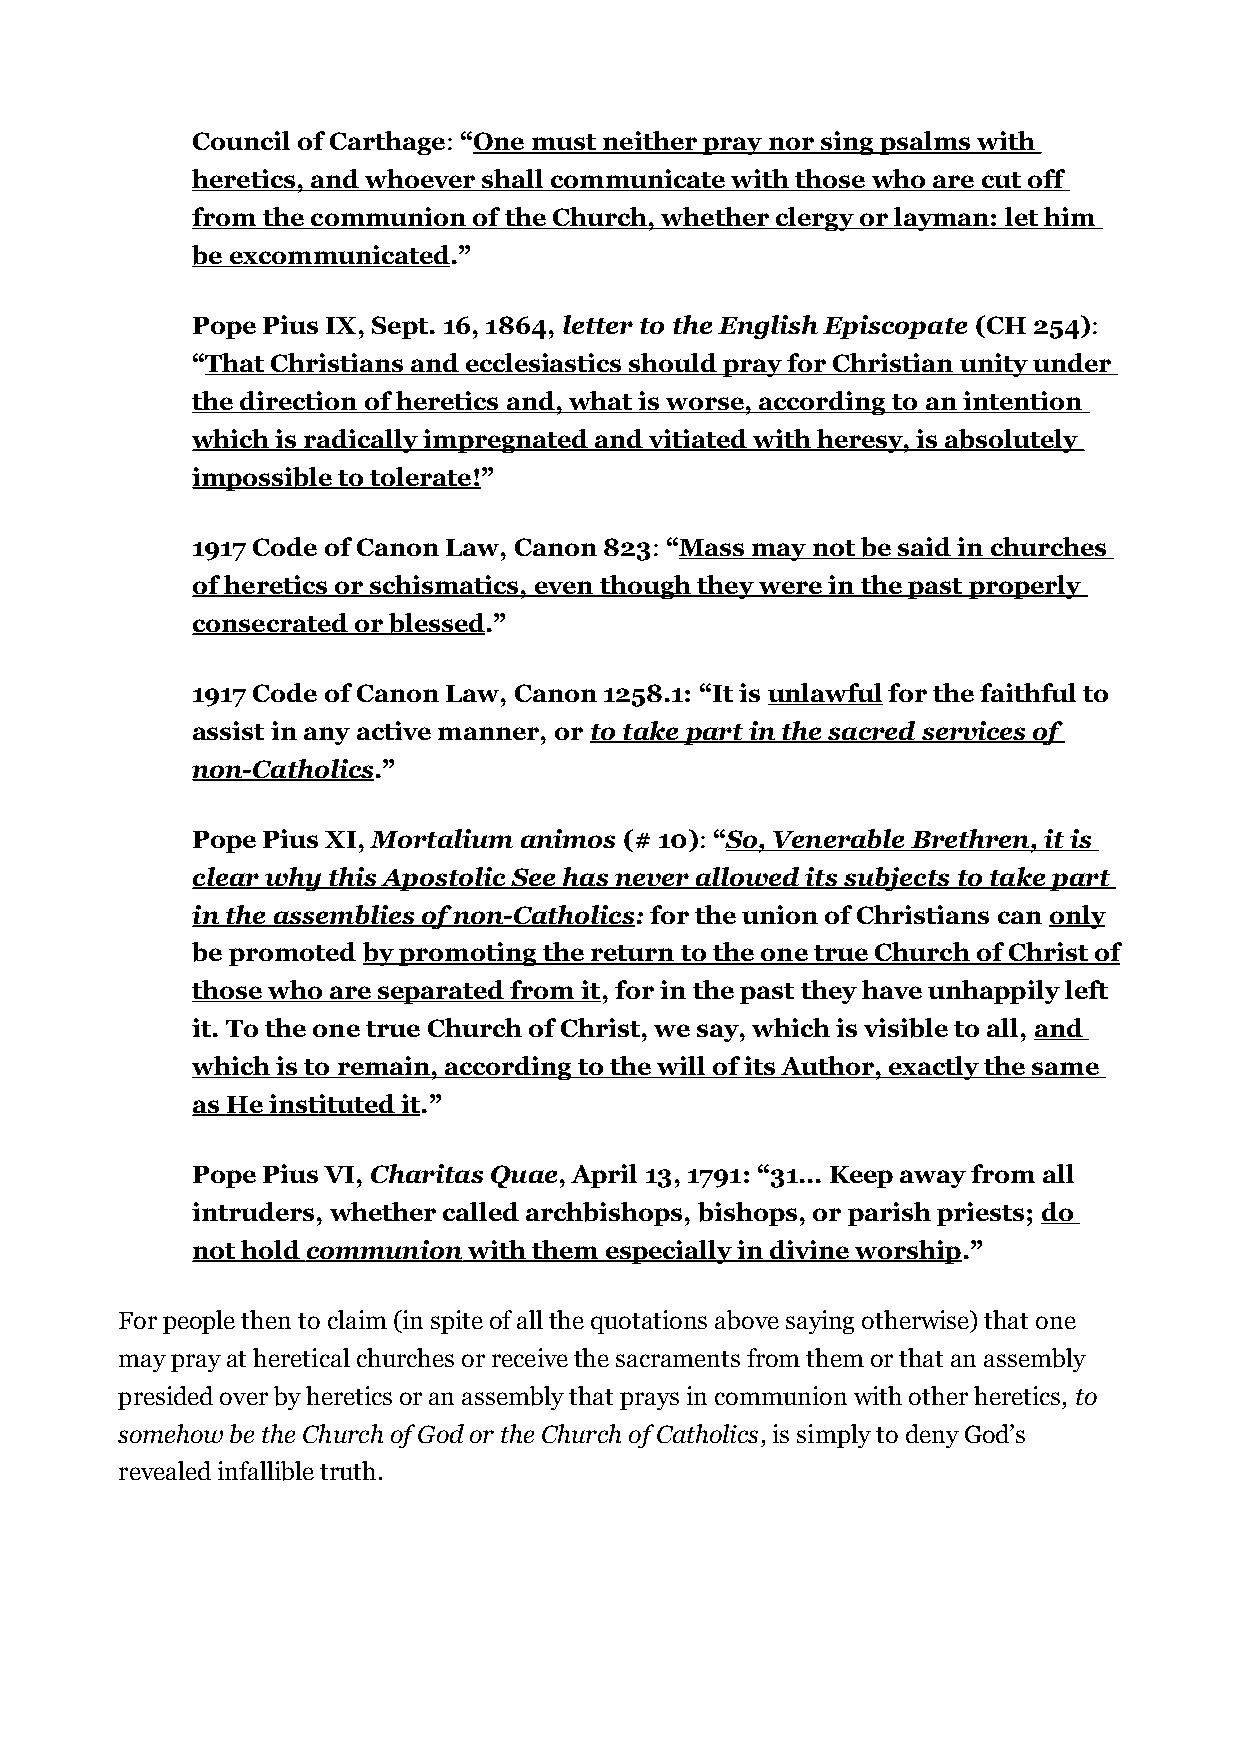
Council of Carthage: “One must neither pray nor sing psalms with
 heretics, and whoever shall communicate with those who are cut off
 from the communion of the Church, whether clergy or layman: let him
 be excommunicated.”
 Pope Pius IX, Sept. 16, 1864, letter to the English Episcopate (CH 254):
 “That Christians and ecclesiastics should pray for Christian unity under
 the direction of heretics and, what is worse, according to an intention
 which is radically impregnated and vitiated with heresy, is absolutely
 impossible to tolerate!”
 1917 Code of Canon Law, Canon 823: “Mass may not be said in churches
 of heretics or schismatics, even though they were in the past properly
 consecrated or blessed.”
 1917 Code of Canon Law, Canon 1258.1: “It is unlawful for the faithful to
 assist in any active manner, or to take part in the sacred services of
 non-Catholics.”
 Pope Pius XI, Mortalium animos (# 10): “So, Venerable Brethren, it is
 clear why this Apostolic See has never allowed its subjects to take part
 in the assemblies of non-Catholics: for the union of Christians can only
 be promoted by promoting the return to the one true Church of Christ of
 those who are separated from it, for in the past they have unhappily left
 it. To the one true Church of Christ, we say, which is visible to all, and
 which is to remain, according to the will of its Author, exactly the same
 as He instituted it.”
 Pope Pius VI, Charitas Quae, April 13, 1791: “31... Keep away from all
 intruders, whether called archbishops, bishops, or parish priests; do
 not hold communion with them especially in divine worship .”
 For people then to claim (in spite of all the quotations above saying otherwise) that one
 may pray at heretical churches or receive the sacraments from them or that an assembly
 presided over by heretics or an assembly that prays in communion with other heretics, to
 somehow be the Church of God or the Church of Catholics, is simply to deny God’s
 revealed infallible truth.